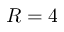
R = 4